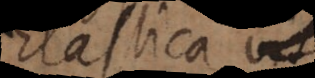
Elastica vis